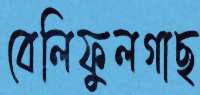
বেলিফুলগাছ